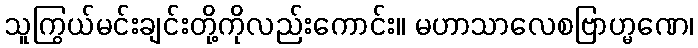
သူကြွယ်မင်းချင်းတို့ကိုလည်းကောင်း။ မဟာသာလေစဗြာဟ္မဏေ၊